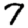
Digit: 7